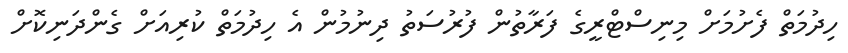
ހިދުމަތް ފެށުމަށް މިނިސްޓްރީގެ ފަރާތުން ފުރުސަތު ދިނުމުން އެ ހިދުމަތް ކުރިއަށް ގެންދަނިކޮށް